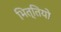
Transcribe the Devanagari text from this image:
भित्तियो